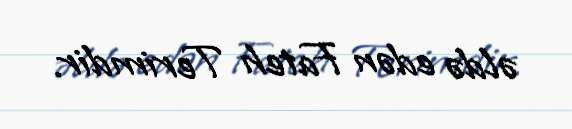
əldə edən Fateh Terimdir.